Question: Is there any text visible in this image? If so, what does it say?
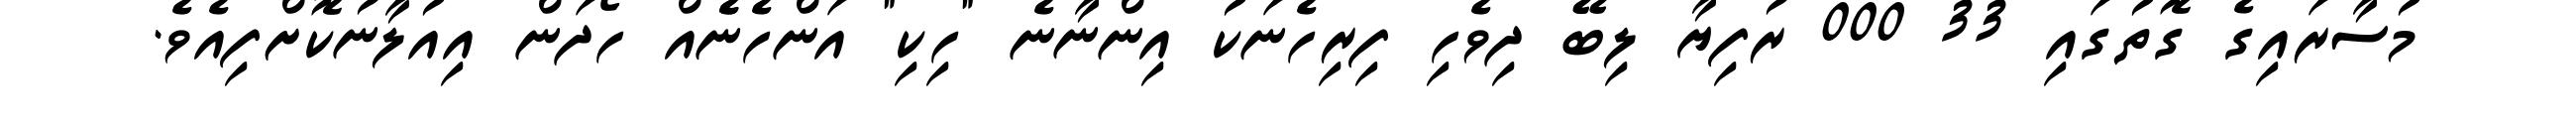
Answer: މުސާރައިގެ ގޮތުގައި 33 000 ރުފިޔާ ލިބޭ ދިވެހި ފިރިހެނަކު އިންނާނެ "ހިކި" އަންހެނެެއް ހޯދަން އިއުލާނުކޮށްފިއެވެ.